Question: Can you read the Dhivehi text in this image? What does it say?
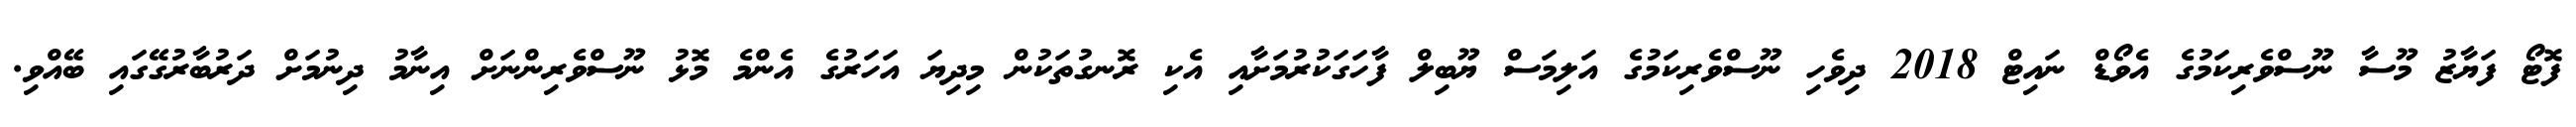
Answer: ފޮޓޯ ފަޔާޒު މޫސާ ނޫސްވެރިކަމުގެ އެވޯޑް ނައިޓް 2018 ދިވެހި ނޫސްވެރިކަމުގެ އަލިމަސް ޔޫބިލް ފާހަގަކުރުމަށާއި އެކި ރޮނގުތަކުން މިދިޔަ އަހަރުގެ އެންމެ މޮޅު ނޫސްވެރިންނަށް އިނާމު ދިނުމަށް ދަރުބާރުގޭގައި ބޭއްވި.